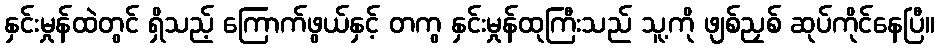
နှင်းမှုန်ထဲတွင် ရှိသည့် ကြောက်ဖွယ်နှင့် တကွ နှင်းမှုန်ထုကြီးသည် သူ့ကို ဖျစ်ညှစ် ဆုပ်ကိုင်နေပြီ။